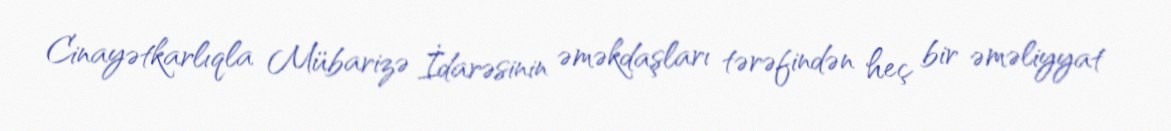
Cinayətkarlıqla Mübarizə İdarəsinin əməkdaşları tərəfindən heç bir əməliyyat